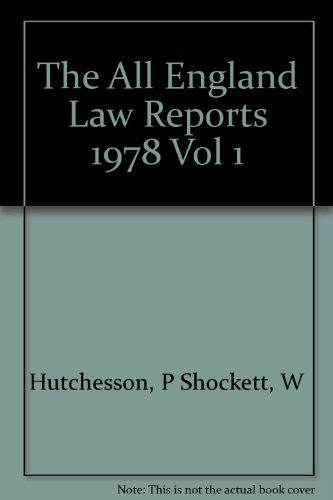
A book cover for The All England Law Reports 1978 Vol 1; W Hutchesson P Shockett; Law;